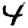
Digit: 4